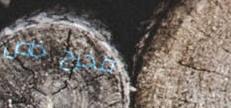
مخرج خاص